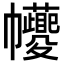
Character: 𢆆